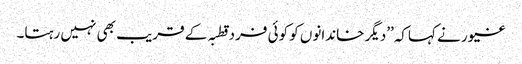
غیور نے کہاکہ’’دیگر خاندانوں کو کوئی فرد قطبہ کے قریب بھی نہیں رہتا۔